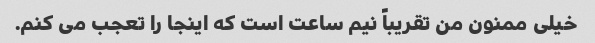
خیلی ممنون من تقریباً نیم ساعت است که اینجا را تعجب می کنم.